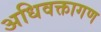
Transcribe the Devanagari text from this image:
अधिवक्तागण